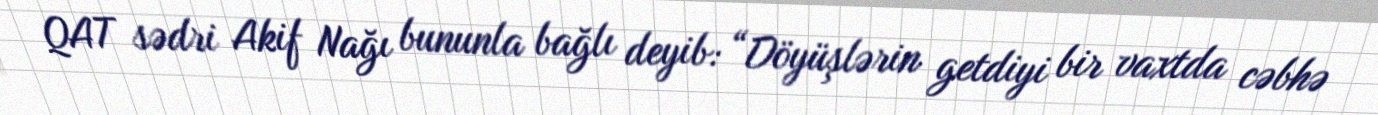
QAT sədri Akif Nağı bununla bağlı deyib: “Döyüşlərin getdiyi bir vaxtda cəbhə